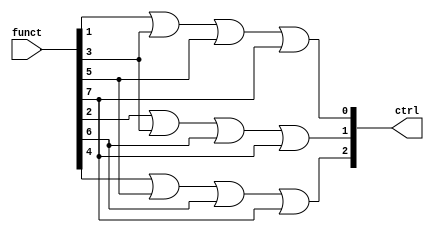
module encoder(ctrl, funct);
	input [7:0] funct;
	output [2:0] ctrl;
		assign ctrl[0] = funct[1] | funct[3] | funct[5] | funct[7];
		assign ctrl[1] = funct[2] | funct[3] | funct[6] | funct[7];
		assign ctrl[2] = funct[4] | funct[5] | funct[6] | funct[7];

endmodule

module priorityencoder(funct,en,ctrl);
input [7:0] funct;
input en;
output reg [2:0] ctrl;
always@(funct or ctrl)
begin
if(!en)
ctrl<=1'b0;
else
casex(funct)
8'b00000001:ctrl<=3'b000;
8'b0000001x:ctrl<=3'b001;
8'b000001xx:ctrl<=3'b010;
8'b00001xxx:ctrl<=3'b011;
8'b0001xxxx:ctrl<=3'b100;
8'b001xxxxx:ctrl<=3'b101;
8'b01xxxxxx:ctrl<=3'b110;
8'b1xxxxxxx:ctrl<=3'b111;
endcase
end
endmodule

module tbenc;
	reg [7:0] funct;
	reg en, Clk;
	wire [2:0] ctrl;
	//encoder enc(ctrl, funct);
	priorityencoder prenc(funct,en,ctrl);
	always @(Clk) Clk <= ~Clk;
	initial
		begin
			$monitor($time, " %b %b", ctrl, funct);
			#2 funct = 8'b01000000;
			#4 funct = 8'b00000001;
		end
endmodule